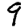
Digit: 9